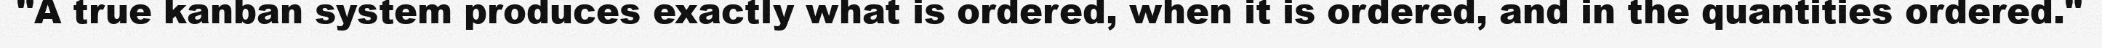
"A true kanban system produces exactly what is ordered, when it is ordered, and in the quantities ordered."